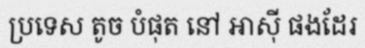
ប្រទេស តូច បំផុត នៅ អាស៊ី ផងដែរ